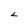
Character: L